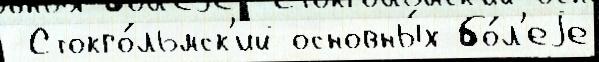
 Стокго́льмск'ий основны́х бо́л'еjе